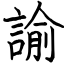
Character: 諭